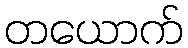
တယောက်